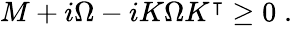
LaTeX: \begin{array}{r}{M+i\Omega-iK\Omega K^{\intercal}\geq 0\; .}\end{array}